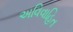
અવિવાહિત